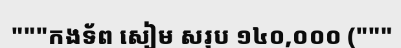
"""កងទ័ព សៀម សរុប ១៤០,០០០ ("""